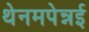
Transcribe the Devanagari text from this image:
थेनमपेन्नई